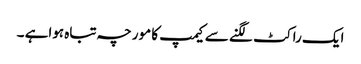
ایک راکٹ لگنے سے کیمپ کا مورچہ تباہ ہواہے ۔